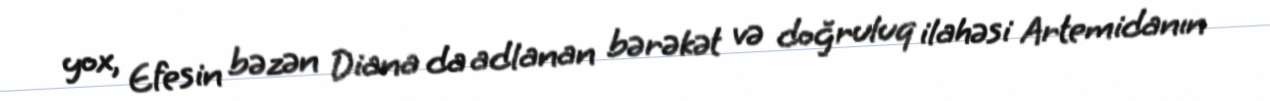
yox, Efesin bəzən Diana da adlanan bərəkət və doğruluq ilahəsi Artemidanın